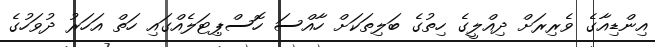
އިންޑިއާގެ ވެރިރަށް ދިއްލީގެ ހިތުގެ ބަލިތަކަށް ހާއްސަ ހޮސްޕިޓަލެއްގައި ހަތް އަހަރު ދުވަހުގެ